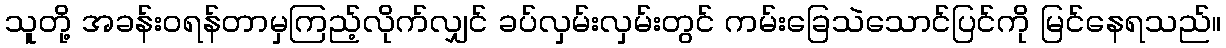
သူတို့ အခန်းဝရန်တာမှကြည့်လိုက်လျှင် ခပ်လှမ်းလှမ်းတွင် ကမ်းခြေသဲသောင်ပြင်ကို မြင်နေရသည်။